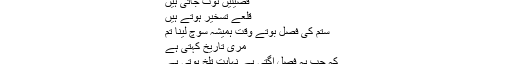
سگ ِآ وارگاں کی جب بری آوازگونجے تو
مسلماں جاگ جاتے ہیں
فصیلیں ٹوٹ جاتی ہیں
قلعے تسخیر ہوتے ہیں
ستم کی فصل بوتے وقت ہمیشہ سوچ لینا تم
مری تاریخ کہتی ہے
کہ جب یہ فصل اگتی ہے نہایت تلخ ہوتی ہے
یہ اپنے ہاریوں کے خون سے سیراب ہوتی ہے
سنو للکارنے والو!